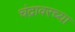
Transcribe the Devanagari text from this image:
चंद्रावरच्या